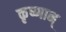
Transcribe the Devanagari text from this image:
कृष्णान्‌